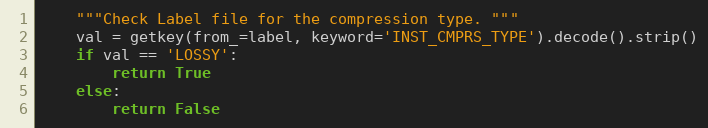
Language: Python
    """Check Label file for the compression type. """
    val = getkey(from_=label, keyword='INST_CMPRS_TYPE').decode().strip()
    if val == 'LOSSY':
        return True
    else:
        return False